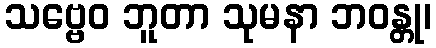
သဗ္ဗေဝ ဘူတာ သုမနာ ဘဝန္တု၊